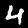
Label: 4